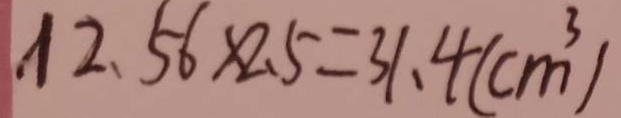
1 2 . 5 6 \times 2 . 5 = 3 1 . 4 ( c m ^ { 3 } )